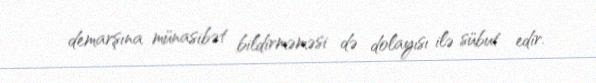
demarşına münasibət bildirməməsi də dolayısı ilə sübut edir.